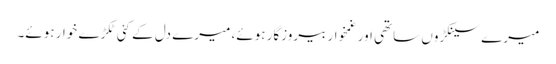
میرے سینکڑوں ساتھی اور غمخوار بیروزگار ہوئے، میرے دل کے کئی ٹکڑے خوار ہوئے۔